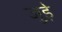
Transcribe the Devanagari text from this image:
जुड़े़